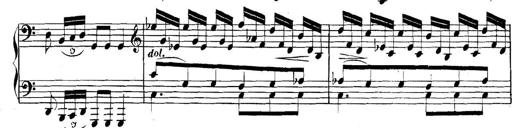
Title: Collected Piano Sonatas
Composer: Muzio Clementi